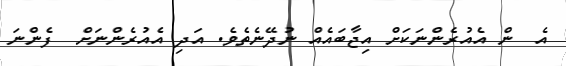
އެ  ން އެއުރެންނަކަށް އިޖާބައެއް ނުދޭނެތެވެ. އަދި އެއުރެންނަށް  ފެންނަ